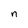
Character: n